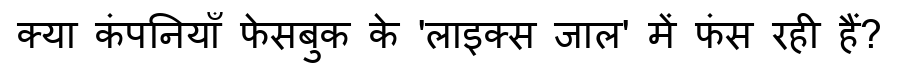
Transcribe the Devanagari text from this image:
क्या कंपनियाँ फेसबुक के 'लाइक्स जाल' में फंस रही हैं?